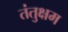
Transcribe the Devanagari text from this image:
तंतुक्षम